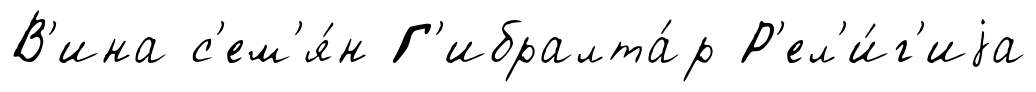
В'ина с'ем'я́н Г'ибралта́р Р'ел'и́г'иjа